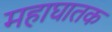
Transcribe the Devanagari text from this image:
महाघातक